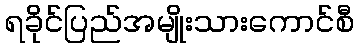
ရခိုင်ပြည်အမျိုးသားကောင်စီ